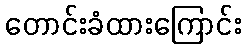
တောင်းခံထားကြောင်း